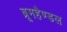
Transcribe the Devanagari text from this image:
ब्रूमहैण्डल